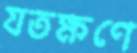
যতক্ষণে